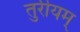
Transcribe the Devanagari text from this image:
तुरीयम्